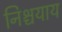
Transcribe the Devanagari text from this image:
निश्चयाय